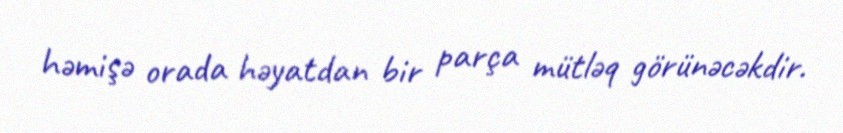
həmişə orada həyatdan bir parça mütləq görünəcəkdir.